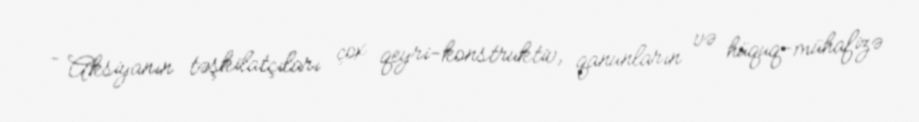
- Aksiyanın təşkilatçıları çox qeyri-konstruktiv, qanunların və hüquq-mühafizə